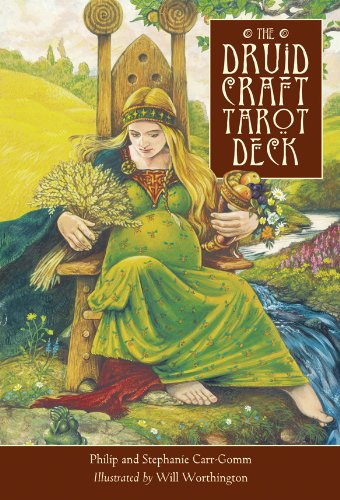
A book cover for Druid Craft Tarot Deck: Celebrate the Earth; Phillip Carr-Gomm; Religion & Spirituality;